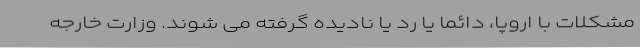
مشکلات با اروپا، دائما یا رد یا نادیده گرفته می شوند. وزارت خارجه